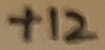
Text: +12